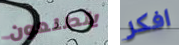
يتطلعون افكر